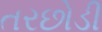
તરછોડી